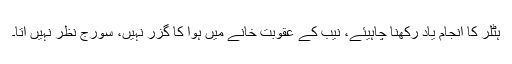
ہٹلر کا انجام یاد رکھنا چاہیئے، نیب کے عقوبت خانے میں ہوا کا گزر نہیں، سورج نظر نہیں آتا۔